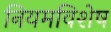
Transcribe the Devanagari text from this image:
नियमविशेष